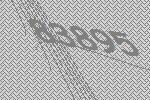
83895